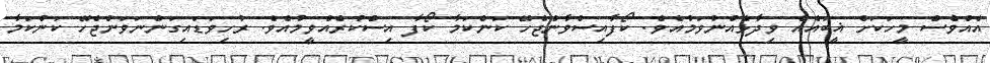
އެއްވެސް މީހަކަށް ޣީބައެއް ވިދާޅެއްނުވަމުއެވެ. ކޯފާއިސްވާންޖެހޭ ކަންކަމާ ކޯފާ އިސްކުރެއްވީމުއެވެ. ރުހިވަޑައިގަންނަވަންޖެހޭ ކަންކަމާ